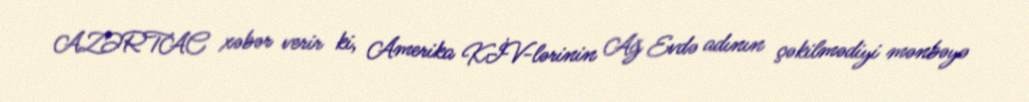
AZƏRTAC xəbər verir ki, Amerika KİV-lərinin Ağ Evdə adının çəkilmədiyi mənbəyə